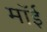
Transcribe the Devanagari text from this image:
मॉई